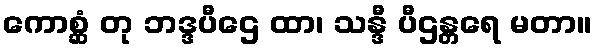
ကောစ္ဆံ တု ဘဒ္ဒပီဌေ ထာ၊ သန္ဒီ ပီဌန္တရေ မတာ။